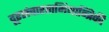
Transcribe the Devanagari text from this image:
दूरसंचारताभियान्त्रिकी